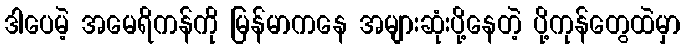
ဒါပေမဲ့ အမေရိကန်ကို မြန်မာကနေ အများဆုံးပို့နေတဲ့ ပို့ကုန်တွေထဲမှာ